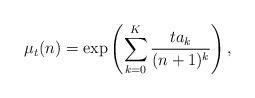
LaTeX: \begin{align*} \mu_t(n)=\exp\left(\sum_{k=0}^K \frac{ta_k}{(n+1)^k}\right) ,\end{align*}